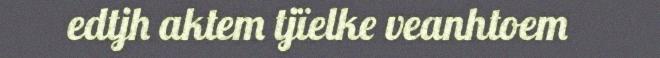
edtjh aktem tjïelke veanhtoem